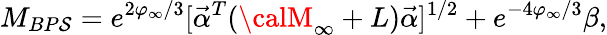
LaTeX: M_{BP\mathcal{S}}=e^{2\varphi_{\infty}/3}[{\vec{{\alpha}}}^{T}({\calM}_{\infty}+{L}){\vec{{\alpha}}}]^{1/2}+e^{-4\varphi_{\infty}/3}\beta,